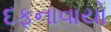
દફનાવાયો